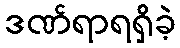
ဒဏ်ရာရရှိခဲ့